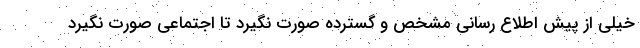
خیلی از پیش اطلاع رسانی مشخص و گسترده صورت نگیرد تا اجتماعی صورت نگیرد